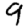
Digit: 9